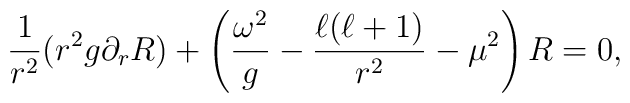
\frac{1}{r^2}(r^2 g \partial_{r} R) + \left( \frac{\omega^2}{g} - \frac{\ell (\ell + 1)}{r^2} - \mu^2 \right) R = 0,